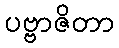
ပဗ္ဗာဇိတာ